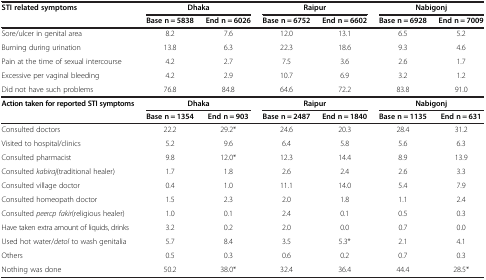
<table><thead><tr><td><b>STI related symptoms</b></td><td colspan="2"><b>Dhaka</b></td><td colspan="2"><b>Raipur</b></td><td colspan="2"><b>Nabigonj</b></td></tr><tr><td><b> </b></td><td><b>Base n = 5838</b></td><td><b>End n = 6026</b></td><td><b>Base n = 6752</b></td><td><b>End n = 6602</b></td><td><b>Base n = 6928</b></td><td><b>End n = 7009</b></td></tr></thead><tbody><tr><td>Sore/ulcer in genital area</td><td>8.2</td><td>7.6</td><td>12.0</td><td>13.1</td><td>6.5</td><td>5.2</td></tr><tr><td>Burning during urination</td><td>13.8</td><td>6.3</td><td>22.3</td><td>18.6</td><td>9.3</td><td>4.6</td></tr><tr><td>Pain at the time of sexual intercourse</td><td>4.2</td><td>2.7</td><td>7.5</td><td>3.6</td><td>2.6</td><td>1.7</td></tr><tr><td>Excessive per vaginal bleeding</td><td>4.2</td><td>2.9</td><td>10.7</td><td>6.9</td><td>3.2</td><td>1.2</td></tr><tr><td>Did not have such problems</td><td>76.8</td><td>84.8</td><td>64.6</td><td>72.2</td><td>83.8</td><td>91.0</td></tr><tr><td><b>Action taken for reported STI symptoms</b></td><td colspan="2"><b>Dhaka</b></td><td colspan="2"><b>Raipur</b></td><td colspan="2"><b>Nabigonj</b></td></tr><tr><td> </td><td><b>Base n = 1354</b></td><td><b>End n = 903</b></td><td><b>Base n = 2487</b></td><td><b>End n = 1840</b></td><td><b>Base n = 1135</b></td><td><b>End n = 631</b></td></tr><tr><td>Consulted doctors</td><td>22.2</td><td>29.2*</td><td>24.6</td><td>20.3</td><td>28.4</td><td>31.2</td></tr><tr><td>Visited to hospital/clinics</td><td>5.2</td><td>9.6</td><td>6.4</td><td>5.8</td><td>5.6</td><td>6.3</td></tr><tr><td>Consulted pharmacist</td><td>9.8</td><td>12.0*</td><td>12.3</td><td>14.4</td><td>8.9</td><td>13.9</td></tr><tr><td>Consulted <i>kabiraj</i>(traditional healer)</td><td>1.7</td><td>1.8</td><td>2.6</td><td>2.4</td><td>2.6</td><td>3.3</td></tr><tr><td>Consulted village doctor</td><td>0.4</td><td>1.0</td><td>11.1</td><td>14.0</td><td>5.4</td><td>7.9</td></tr><tr><td>Consulted homeopath doctor</td><td>1.5</td><td>2.3</td><td>2.0</td><td>1.8</td><td>1.1</td><td>2.4</td></tr><tr><td>Consulted <i>peercp fakir</i>(religious healer)</td><td>1.0</td><td>0.1</td><td>2.4</td><td>0.1</td><td>0.5</td><td>0.3</td></tr><tr><td>Have taken extra amount of liquids, drinks</td><td>3.2</td><td>0.2</td><td>2.0</td><td>0.0</td><td>0.7</td><td>0.0</td></tr><tr><td>Used hot water/<i>detol</i> to wash genitalia</td><td>5.7</td><td>8.4</td><td>3.5</td><td>5.3*</td><td>2.1</td><td>4.1</td></tr><tr><td>Others</td><td>0.5</td><td>0.3</td><td>0.6</td><td>0.2</td><td>0.7</td><td>0.3</td></tr><tr><td>Nothing was done</td><td>50.2</td><td>38.0*</td><td>32.4</td><td>36.4</td><td>44.4</td><td>28.5*</td></tr></tbody></table>